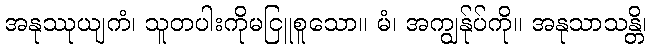
အနုဿုယျကံ၊ သူတပါးကိုမငြူစူသော။ မံ၊ အကျွန်ုပ်ကို။ အနုသာသန္တိ၊